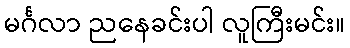
မင်္ဂလာ ညနေခင်းပါ လူကြီးမင်း။